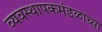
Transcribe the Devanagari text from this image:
व्यवस्थापकमंडळाच्या